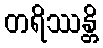
တရိဿန္တိ